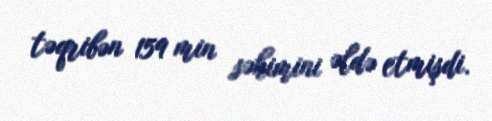
təqribən 159 min səhimini əldə etmişdi.